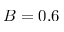
B = 0 . 6